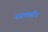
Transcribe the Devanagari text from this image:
मस्तकहीन